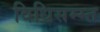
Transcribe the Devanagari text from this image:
विधिसम्म्त